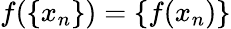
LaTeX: f(\{ x_{n}\} )=\{ f(x_{n})\}